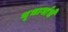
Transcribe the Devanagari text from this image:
भूभागांचे